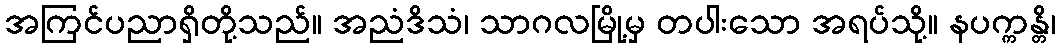
အကြင်ပညာရှိတို့သည်။ အညံဒိသံ၊ သာဂလမြို့မှ တပါးသော အရပ်သို့။ နပက္ကန္တိ၊